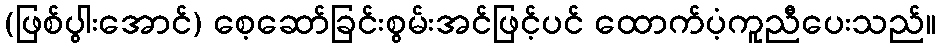
(ဖြစ်ပွါးအောင်) စေ့ဆော်ခြင်းစွမ်းအင်ဖြင့်ပင် ထောက်ပံ့ကူညီပေးသည်။